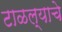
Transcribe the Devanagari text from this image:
टाळल्याचे